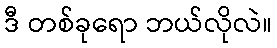
ဒီ တစ်ခုရော ဘယ်လိုလဲ။